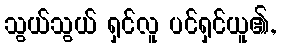
သွယ်သွယ် ရှင်လူ ပင်ရှင်ယူ၏,